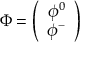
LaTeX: \Phi = \left( \begin{array} { c } { { \phi ^ { 0 } } } \\ { { \phi ^ { - } } } \end{array} \right)